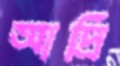
আদ্রি